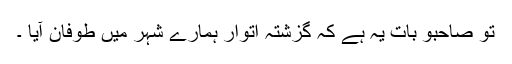
تو صاحبو بات یہ ہے کہ گزشتہ اتوار ہمارے شہر میں طوفان آیا ۔